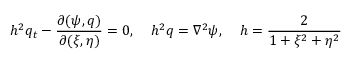
h ^ { 2 } q _ { t } - \frac { \partial ( \psi , q ) } { \partial ( \xi , \eta ) } = 0 , \; \; \; \; h ^ { 2 } q = \nabla ^ { 2 } \psi , \; \; \; \; h = \frac { 2 } { 1 + \xi ^ { 2 } + \eta ^ { 2 } }